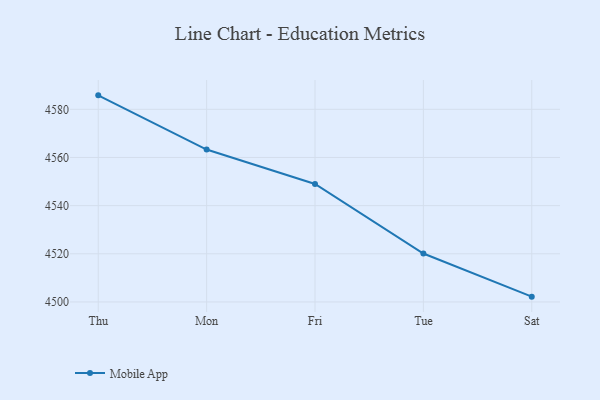
{"axis": {"x": "Day", "y": "Humidity (%)"}, "legend": ["Mobile App"], "data": [{"x": "Thu", "y": 4585.8, "type": "Mobile App"}, {"x": "Mon", "y": 4563.3, "type": "Mobile App"}, {"x": "Fri", "y": 4549.0, "type": "Mobile App"}, {"x": "Tue", "y": 4520.1, "type": "Mobile App"}, {"x": "Sat", "y": 4502.2, "type": "Mobile App"}]}